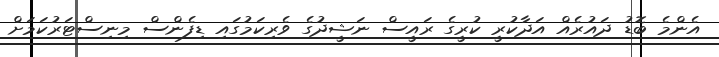
އެންމެ ބޮޑު ދައުރެއް އަދާކުރީ ކުރީގެ ރައީސް ނަޝީދުގެ ވެރިކަމުގައި ޑިފެންސް މިނިސްޓަރުކަމަށް